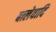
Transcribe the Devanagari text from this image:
बालेवादि